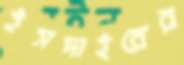
ইসদাইরের